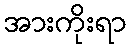
အားကိုးရာ